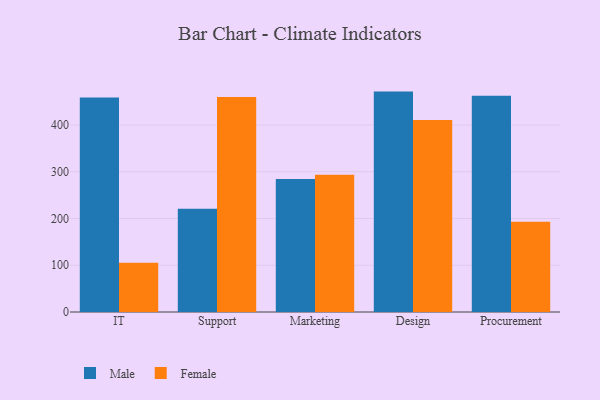
{"axis": {"x": "Department", "y": "Active Users"}, "legend": ["Female", "Male"], "data": [{"x": "IT", "y": 458.6, "type": "Male"}, {"x": "IT", "y": 105.6, "type": "Female"}, {"x": "Support", "y": 220.9, "type": "Male"}, {"x": "Support", "y": 459.9, "type": "Female"}, {"x": "Marketing", "y": 284.2, "type": "Male"}, {"x": "Marketing", "y": 293.6, "type": "Female"}, {"x": "Design", "y": 471.4, "type": "Male"}, {"x": "Design", "y": 410.5, "type": "Female"}, {"x": "Procurement", "y": 462.7, "type": "Male"}, {"x": "Procurement", "y": 192.8, "type": "Female"}]}